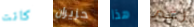
كانت حزيران هذا رغم